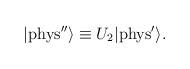
LaTeX: \begin{align*}|{\rm{phys''}} \rangle \equiv U_2 |{\rm{phys}}^\prime \rangle.\end{align*}